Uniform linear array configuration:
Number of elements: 12
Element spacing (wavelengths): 0.5
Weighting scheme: kaiser
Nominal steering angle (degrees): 30
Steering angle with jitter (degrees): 29.486
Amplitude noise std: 0.05
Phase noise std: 0.05

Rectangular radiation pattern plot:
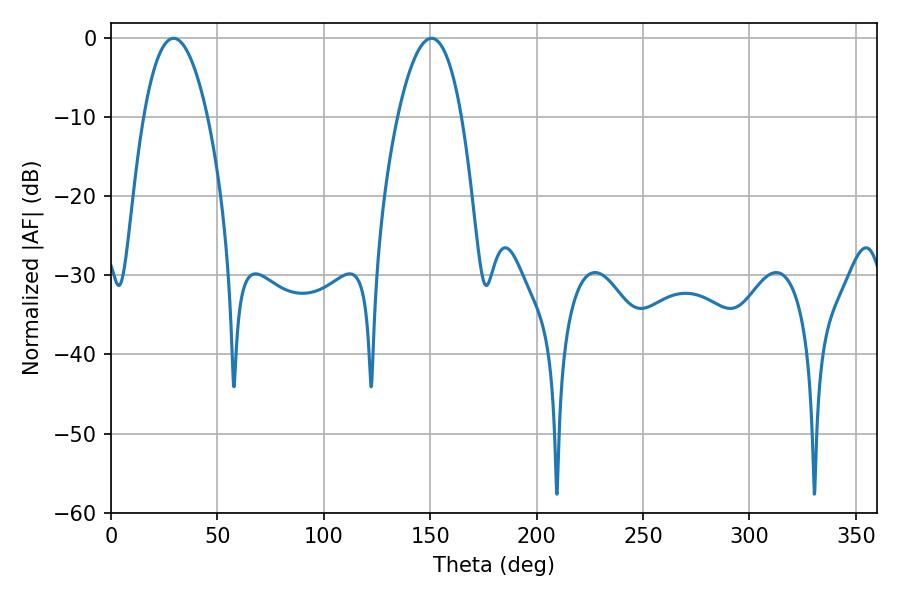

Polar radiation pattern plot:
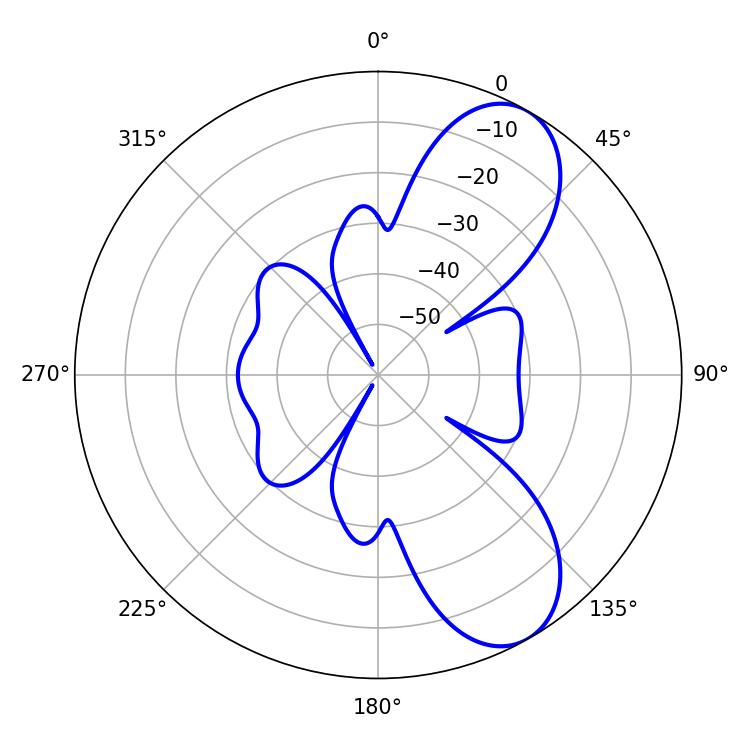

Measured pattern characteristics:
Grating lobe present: FALSE
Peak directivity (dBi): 8.147
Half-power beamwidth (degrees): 16.56
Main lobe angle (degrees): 29.34